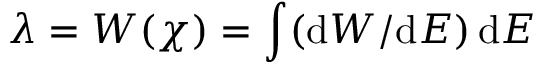
\lambda = W ( \chi ) = \int ( \mathrm { d } W / \mathrm { d } E ) \, \mathrm { d } E